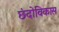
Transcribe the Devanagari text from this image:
छंदोविकास